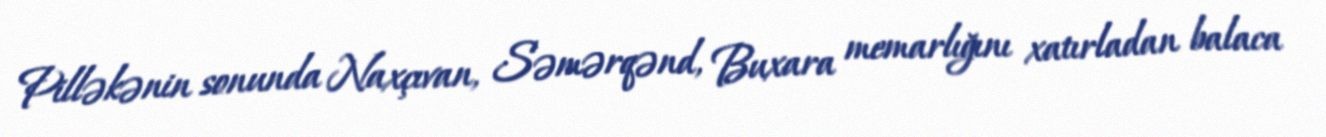
Pilləkənin sonunda Naxçıvan, Səmərqənd, Buxara memarlığını xatırladan balaca